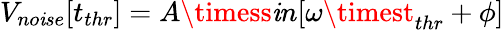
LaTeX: V_{no\mathit{i}se}[t_{thr}]=A\timess\mathit{i}n[\omega\timest_{thr}+\phi]